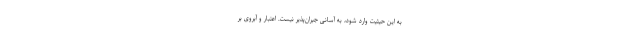
به اين حيثيت وارد شود، به آسانی جبران‌پذیر نیست. اعتبار و آبروی بر